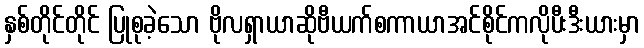
နှစ်တိုင်တိုင် ပြုစုခဲ့သော ဗိုလရှာယာဆိုဗီယက်စကာယာအင်စိုင်ကလိုပီးဒီးယားမှာ